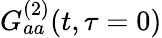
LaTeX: G_{aa}^{(2)}(t,\tau=0)